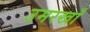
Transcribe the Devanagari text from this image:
उमरखाँ